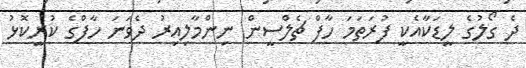
ދެ ގޯލުގެ ލީޑަކާއެކީ ފުރަތަމަ ހާފް ޗެލްސީން ނިންމާލިއިރު ދެވަނަ ހާފްގެ ކުރީކޮޅު